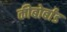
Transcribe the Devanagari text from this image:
कीबोर्बांड